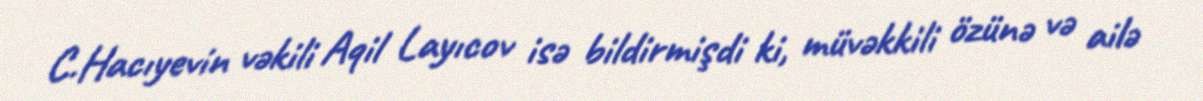
C.Hacıyevin vəkili Aqil Layıcov isə bildirmişdi ki, müvəkkili özünə və ailə